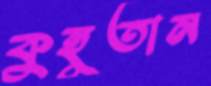
কুহূতান